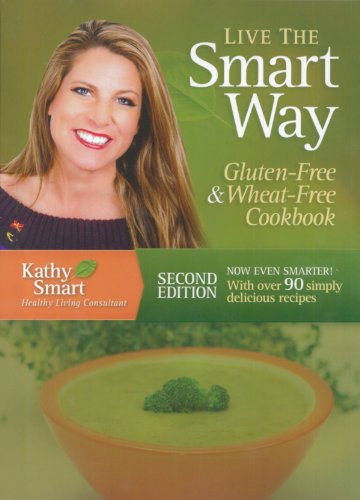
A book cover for Live the Smart Way: Gluten-Free & Wheat-Free Cookbook; Kathy Smart; Health, Fitness & Dieting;